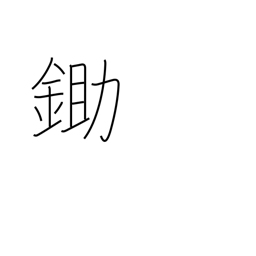
Meaning: plow